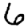
Digit: 6